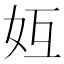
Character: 𪥦